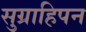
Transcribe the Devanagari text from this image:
सुग्राहिपन